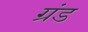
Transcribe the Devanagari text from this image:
ग्रंड